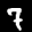
Label: 7